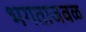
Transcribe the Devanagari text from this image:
भगताजवळ